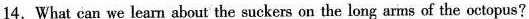
14.What can we learn about the suckers on the long arms of the octopus?